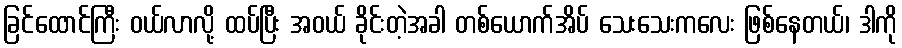
ခြင်ထောင်ကြီး ဝယ်လာလို့ ထပ်ပြီး အဝယ် ခိုင်းတဲ့အခါ တစ်ယောက်အိပ် သေးသေးကလေး ဖြစ်နေတယ်၊ ဒါကို